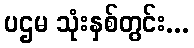
ပဌမ သုံးနှစ်တွင်း...